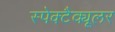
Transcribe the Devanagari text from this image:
स्पेक्टैक्यूलर